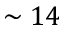
\sim 1 4